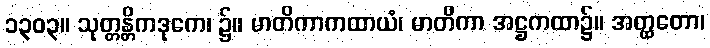
၁၃၀၃။ သုတ္တန္တိကဒုကေ၊ ၌။ မာတိကာကထာယံ၊ မာတိကာ အဋ္ဌကထာ၌။ အတ္ထတော၊